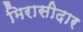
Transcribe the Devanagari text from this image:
मिरासीदार